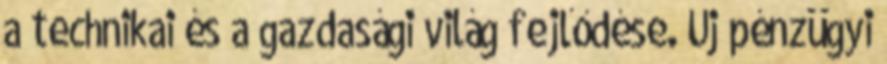
a technikai és a gazdasági világ fejlődése. Új pénzügyi